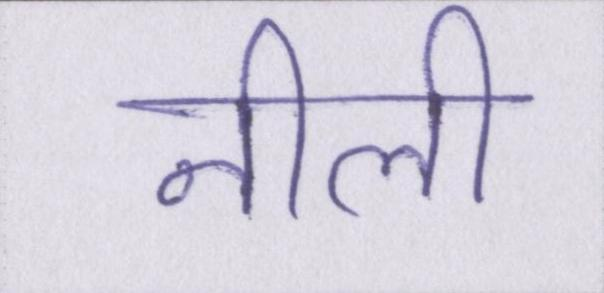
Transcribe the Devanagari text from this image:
नीली